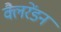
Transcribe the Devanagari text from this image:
क्लैरेंडन